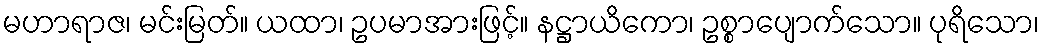
မဟာရာဇ၊ မင်းမြတ်။ ယထာ၊ ဥပမာအားဖြင့်။ နဋ္ဌာယိကော၊ ဥစ္စာပျောက်သော။ ပုရိသော၊